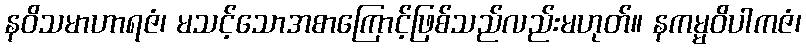
နဝိသမာဟာရဇံ၊ မသင့်သောအစာကြောင့်ဖြစ်သည်လည်းမဟုတ်။ နကမ္မဝိပါကဇံ၊